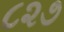
૮૨૭